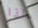
ماذا